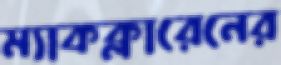
ম্যাকক্লারেনের